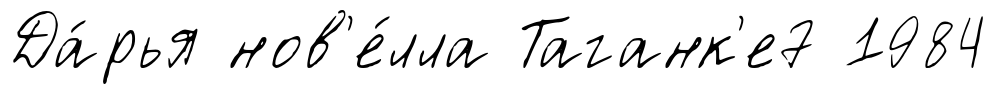
Да́рья нов'е́лла Таганк'е7 1984